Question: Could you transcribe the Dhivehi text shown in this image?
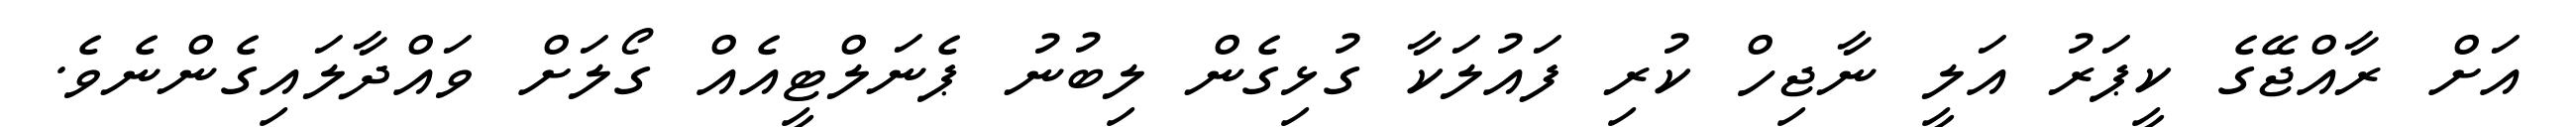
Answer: އަށް ރާއްޖޭގެ ކީޕަރު އަލީ ނާޖިހް ކުރި ފައުލަކާ ގުޅިގެން ލިބުނު ޕެނަލްޓީއެއް ގޯލަށް ވައްދާލައިގެންނެވެ.